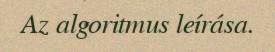
Az algoritmus leírása.